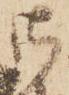
御